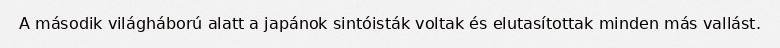
A második világháború alatt a japánok sintóisták voltak és elutasítottak minden más vallást.